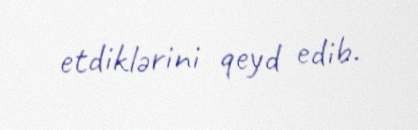
etdiklərini qeyd edib.